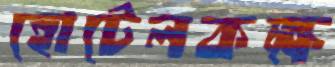
হোটেলকক্ষ